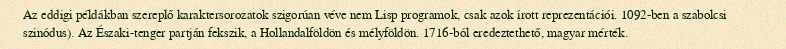
Az eddigi példákban szereplő karaktersorozatok szigorúan véve nem Lisp programok, csak azok írott reprezentációi. 1092-ben a szabolcsi szinódus). Az Északi-tenger partján fekszik, a Hollandalföldön és mélyföldön. 1716-ból eredeztethető, magyar mérték.